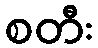
စတီး